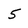
Character: 5